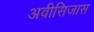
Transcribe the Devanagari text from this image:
अवीसिजास